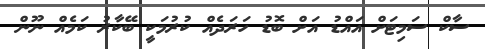
ސާކް ސަމިޓަށް އައްޑު އަށް ބޮޑު ހަރަދެއް ކުރުމަކީ ބޭކާރު ކަމެއް ނޫން